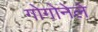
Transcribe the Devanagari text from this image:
गोगोनेले